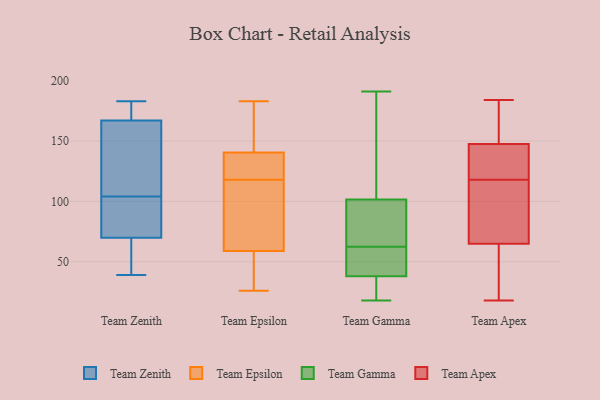
{"axis": {"x": "Website Visitors", "y": "Value"}, "legend": ["Team Apex", "Team Epsilon", "Team Gamma", "Team Zenith"], "data": [{"x": "", "y": 183, "type": "Team Zenith"}, {"x": "", "y": 59, "type": "Team Zenith"}, {"x": "", "y": 104, "type": "Team Zenith"}, {"x": "", "y": 104, "type": "Team Zenith"}, {"x": "", "y": 39, "type": "Team Zenith"}, {"x": "", "y": 169, "type": "Team Zenith"}, {"x": "", "y": 110, "type": "Team Zenith"}, {"x": "", "y": 70, "type": "Team Zenith"}, {"x": "", "y": 167, "type": "Team Zenith"}, {"x": "", "y": 73, "type": "Team Zenith"}, {"x": "", "y": 149, "type": "Team Epsilon"}, {"x": "", "y": 126, "type": "Team Epsilon"}, {"x": "", "y": 144, "type": "Team Epsilon"}, {"x": "", "y": 130, "type": "Team Epsilon"}, {"x": "", "y": 103, "type": "Team Epsilon"}, {"x": "", "y": 118, "type": "Team Epsilon"}, {"x": "", "y": 32, "type": "Team Epsilon"}, {"x": "", "y": 26, "type": "Team Epsilon"}, {"x": "", "y": 71, "type": "Team Epsilon"}, {"x": "", "y": 55, "type": "Team Epsilon"}, {"x": "", "y": 183, "type": "Team Epsilon"}, {"x": "", "y": 191, "type": "Team Gamma"}, {"x": "", "y": 173, "type": "Team Gamma"}, {"x": "", "y": 96, "type": "Team Gamma"}, {"x": "", "y": 47, "type": "Team Gamma"}, {"x": "", "y": 93, "type": "Team Gamma"}, {"x": "", "y": 63, "type": "Team Gamma"}, {"x": "", "y": 103, "type": "Team Gamma"}, {"x": "", "y": 19, "type": "Team Gamma"}, {"x": "", "y": 18, "type": "Team Gamma"}, {"x": "", "y": 100, "type": "Team Gamma"}, {"x": "", "y": 59, "type": "Team Gamma"}, {"x": "", "y": 62, "type": "Team Gamma"}, {"x": "", "y": 38, "type": "Team Gamma"}, {"x": "", "y": 191, "type": "Team Gamma"}, {"x": "", "y": 38, "type": "Team Gamma"}, {"x": "", "y": 28, "type": "Team Gamma"}, {"x": "", "y": 177, "type": "Team Apex"}, {"x": "", "y": 18, "type": "Team Apex"}, {"x": "", "y": 184, "type": "Team Apex"}, {"x": "", "y": 74, "type": "Team Apex"}, {"x": "", "y": 111, "type": "Team Apex"}, {"x": "", "y": 128, "type": "Team Apex"}, {"x": "", "y": 43, "type": "Team Apex"}, {"x": "", "y": 110, "type": "Team Apex"}, {"x": "", "y": 142, "type": "Team Apex"}, {"x": "", "y": 161, "type": "Team Apex"}, {"x": "", "y": 56, "type": "Team Apex"}, {"x": "", "y": 111, "type": "Team Apex"}, {"x": "", "y": 125, "type": "Team Apex"}, {"x": "", "y": 51, "type": "Team Apex"}, {"x": "", "y": 127, "type": "Team Apex"}, {"x": "", "y": 153, "type": "Team Apex"}]}